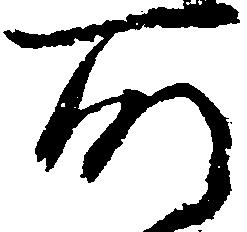
所